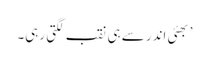
’ بھئی اندر سے ہی نقب لگتی رہی۔